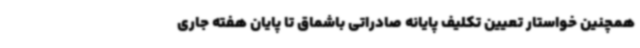
همچنین خواستار تعیین تکلیف پایانه صادراتی باشماق تا پایان هفته جاری